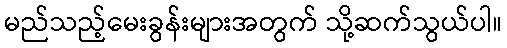
မည်သည့်မေးခွန်းများအတွက် သို့ဆက်သွယ်ပါ။